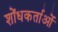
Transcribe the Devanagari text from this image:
शोंधकर्ताओं